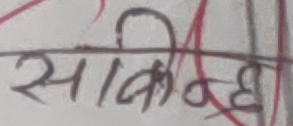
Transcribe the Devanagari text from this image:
सविन्दह